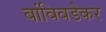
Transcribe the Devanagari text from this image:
बांविवडेकर